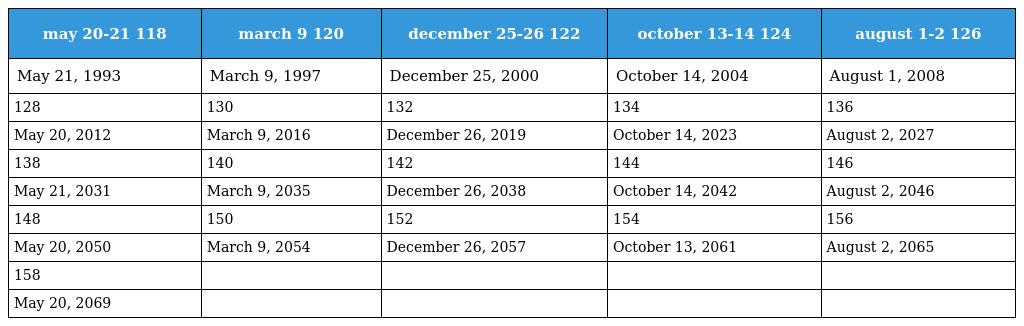
| may 20-21 118 | march 9 120 | december 25-26 122 | october 13-14 124 | august 1-2 126 |
 | --- | --- | --- | --- | --- |
 | May 21, 1993 | March 9, 1997 | December 25, 2000 | October 14, 2004 | August 1, 2008 |
 | 128 | 130 | 132 | 134 | 136 |
 | May 20, 2012 | March 9, 2016 | December 26, 2019 | October 14, 2023 | August 2, 2027 |
 | 138 | 140 | 142 | 144 | 146 |
 | May 21, 2031 | March 9, 2035 | December 26, 2038 | October 14, 2042 | August 2, 2046 |
 | 148 | 150 | 152 | 154 | 156 |
 | May 20, 2050 | March 9, 2054 | December 26, 2057 | October 13, 2061 | August 2, 2065 |
 | 158 |  |  |  |  |
 | May 20, 2069 |  |  |  |  |